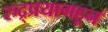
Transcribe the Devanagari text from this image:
रुद्र्प्रयागहून